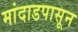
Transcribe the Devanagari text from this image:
मांदाडपासून